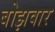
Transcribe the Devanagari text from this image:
बोझवार